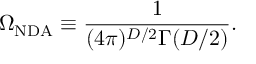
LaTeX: \Omega _ { \mathrm { N D A } } \equiv \frac { 1 } { ( 4 \pi ) ^ { D / 2 } \Gamma ( D / 2 ) } .